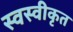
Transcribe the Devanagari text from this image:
स्वस्वीकृत